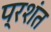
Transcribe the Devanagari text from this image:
प्रशंत